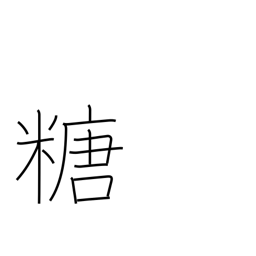
Meaning: sugar